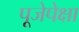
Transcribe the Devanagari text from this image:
पूजेपेक्षा